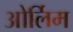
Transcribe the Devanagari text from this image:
ओर्लिम